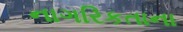
નાગરિકતાના